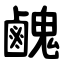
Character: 䴜